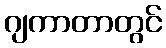
ဂျကာတာတွင်